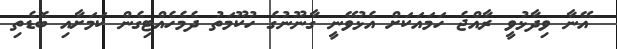
އޭނާ ވިދާޅުވީ ރާއްޖެ ހަމައަކަށް އެޅުވޭނީ ގާނޫނުގެ ހުކޫމަތު ދެމެހެއްޓިގެން ކަމަށާއި ބޮޑެތި